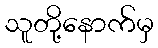
သူတို့နောက်မှ